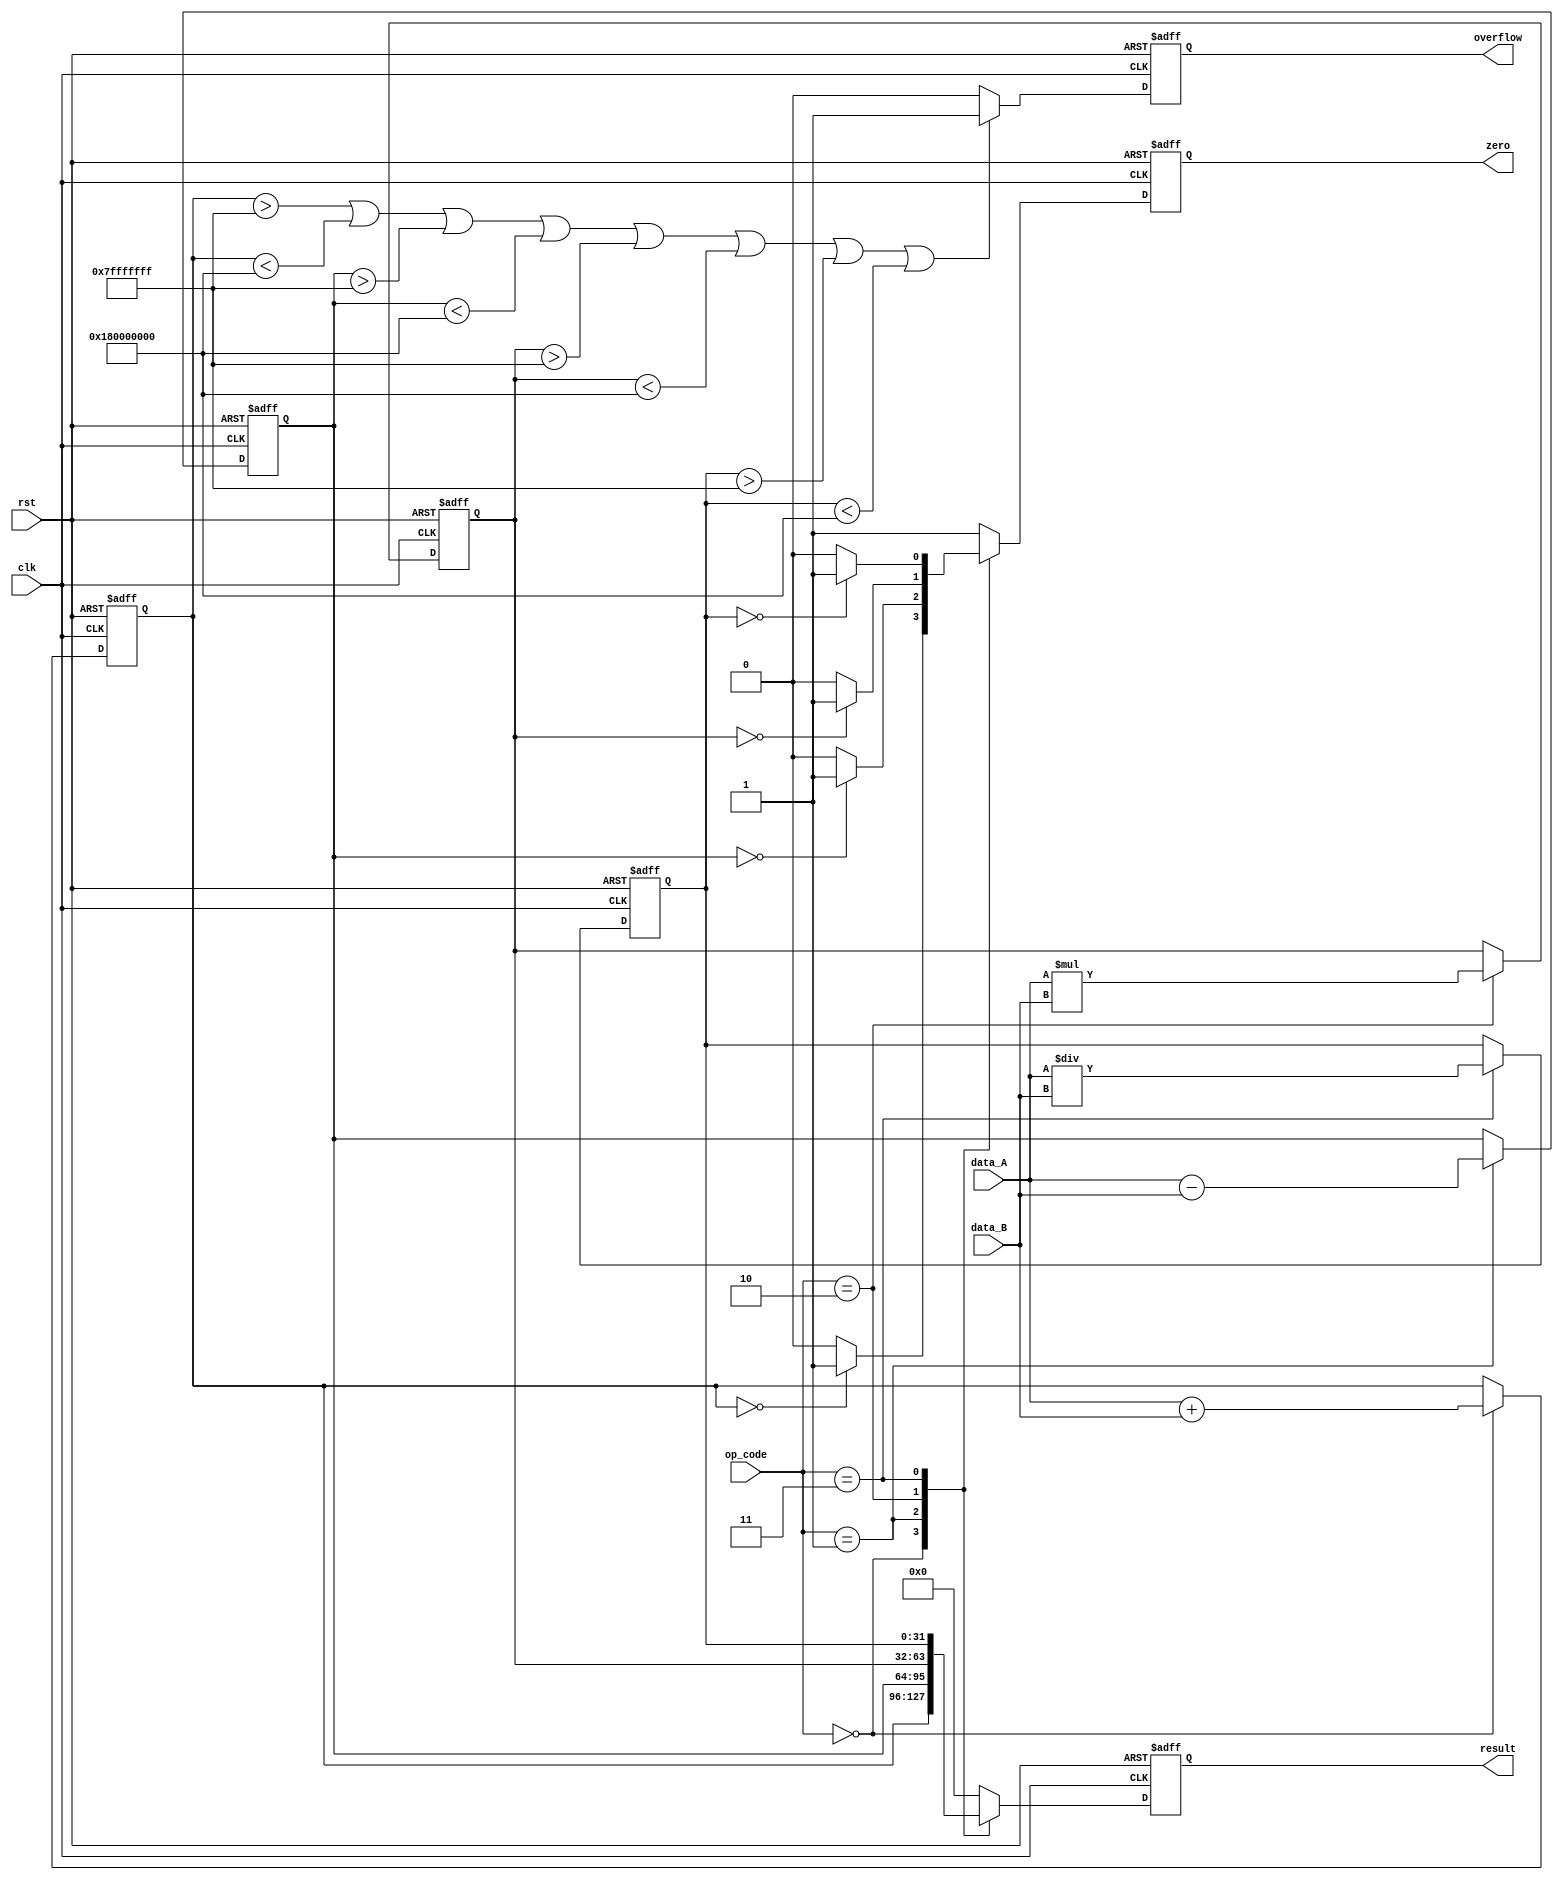
module ALU (
    input [31:0] data_A,
    input [31:0] data_B,
    input [2:0] op_code,
    input clk,
    input rst,
    output reg [31:0] result,
    output reg zero,
    output reg overflow
);

reg [31:0] sum;
reg [31:0] difference;
reg [31:0] product;
reg [31:0] quotient;

always @(posedge clk or posedge rst) begin
    if (rst) begin
        result <= 0;
        zero <= 1;
        overflow <= 0;
        sum <= 0;
        difference <= 0;
        product <= 0;
        quotient <= 0;
    end else begin
        case(op_code)
            3'b000: begin // addition
                sum <= data_A + data_B;
                if(sum == 0) begin
                    zero <= 1;
                end else begin
                    zero <= 0;
                end
                result <= sum;
            end
            3'b001: begin // subtraction
                difference <= data_A - data_B;
                if(difference == 0) begin
                    zero <= 1;
                end else begin
                    zero <= 0;
                end
                result <= difference;
            end
            3'b010: begin // multiplication
                product <= data_A * data_B;
                if(product == 0) begin
                    zero <= 1;
                end else begin
                    zero <= 0;
                end
                result <= product;
            end
            3'b011: begin // division
                quotient <= data_A / data_B;
                if(quotient == 0) begin
                    zero <= 1;
                end else begin
                    zero <= 0;
                end
                result <= quotient;
            end
            default: begin
                result <= 0;
                zero <= 1;
            end
        endcase
        if(sum > 2147483647 || sum < -2147483648 || difference > 2147483647 || difference < -2147483648 || product > 2147483647 || product < -2147483648 || quotient > 2147483647 || quotient < -2147483648) begin
            overflow <= 1;
        end else begin
            overflow <= 0;
        end
    end
end
endmodule